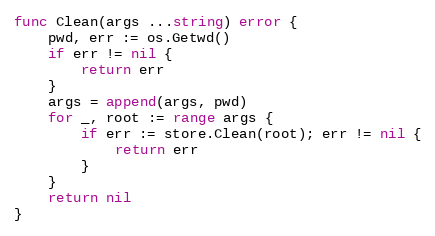
Language: Go
func Clean(args ...string) error {
	pwd, err := os.Getwd()
	if err != nil {
		return err
	}
	args = append(args, pwd)
	for _, root := range args {
		if err := store.Clean(root); err != nil {
			return err
		}
	}
	return nil
}